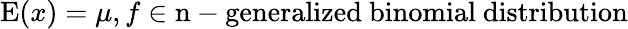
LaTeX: \operatorname{E}(x)=\mu,f\in{\mathrm{n-generalized~binomial~distribution}}